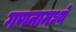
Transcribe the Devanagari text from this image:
गणनामध्ये